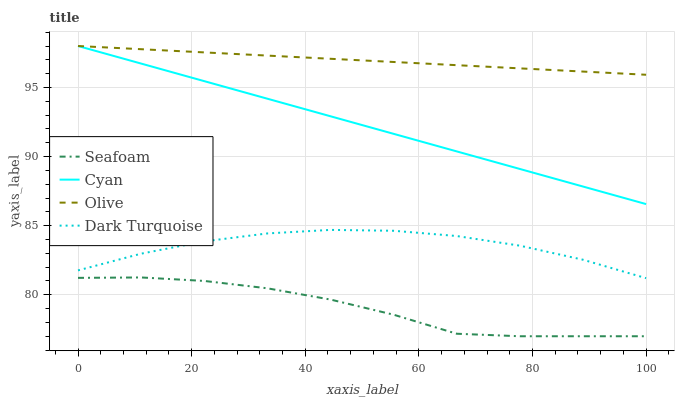
| xaxis_label | Seafoam | Cyan | Olive | Dark Turquoise |
 | --- | --- | --- | --- | --- |
 | 0 | 81.2 | 98 | 98 | 81.8 |
 | 11.1 | 81.3 | 96.7 | 97.8 | 83 |
 | 22.2 | 81 | 95.5 | 97.5 | 83.9 |
 | 33.3 | 80.5 | 94.2 | 97.3 | 84.4 |
 | 44.4 | 79.7 | 92.9 | 97.1 | 84.7 |
 | 55.6 | 78.6 | 91.6 | 96.8 | 84.6 |
 | 66.7 | 77.2 | 90.4 | 96.6 | 84.3 |
 | 77.8 | 77 | 89.1 | 96.4 | 83.6 |
 | 88.9 | 77 | 87.8 | 96.2 | 82.5 |
 | 100 | 77 | 86.6 | 95.9 | 81.2 |